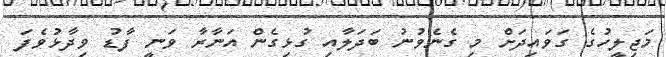
މަޖިލީހުގެ ގަވައިދަށް މި ގެނެވުނު ބަދަލާއި ގުޅިގެން އަނާރާ ވަނީ ފާޑު ވިދާޅުވެފަ